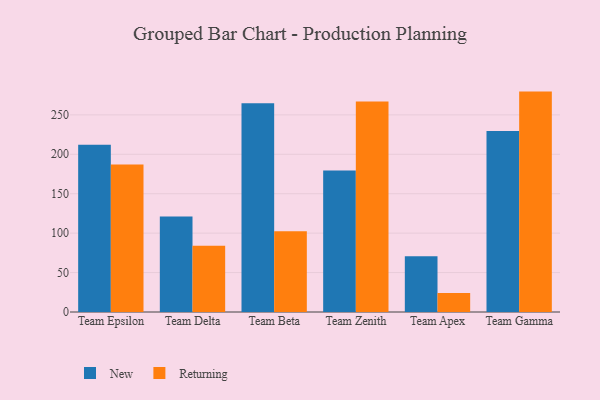
{"axis": {"x": "Team", "y": "Shipments"}, "legend": ["New", "Returning"], "data": [{"x": "Team Epsilon", "y": 212.2, "type": "New"}, {"x": "Team Epsilon", "y": 186.9, "type": "Returning"}, {"x": "Team Delta", "y": 121.1, "type": "New"}, {"x": "Team Delta", "y": 84.0, "type": "Returning"}, {"x": "Team Beta", "y": 264.6, "type": "New"}, {"x": "Team Beta", "y": 102.4, "type": "Returning"}, {"x": "Team Zenith", "y": 179.5, "type": "New"}, {"x": "Team Zenith", "y": 266.8, "type": "Returning"}, {"x": "Team Apex", "y": 70.6, "type": "New"}, {"x": "Team Apex", "y": 24.1, "type": "Returning"}, {"x": "Team Gamma", "y": 229.5, "type": "New"}, {"x": "Team Gamma", "y": 279.5, "type": "Returning"}]}